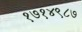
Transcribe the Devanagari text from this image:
१७१४९८७